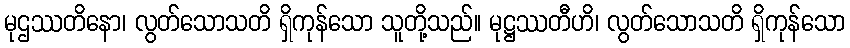
မုဌဿတိနော၊ လွတ်သောသတိ ရှိကုန်သော သူတို့သည်။ မုဋ္ဌဿတီဟိ၊ လွတ်သောသတိ ရှိကုန်သော